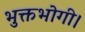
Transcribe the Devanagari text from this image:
भुक्तभोगी।